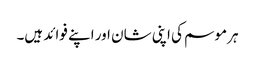
ہر موسم کی اپنی شان اور اپنے فوائد ہیں۔